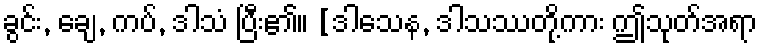
ခွင်း, ချေ, ကပ်, ဒါသံ ပြီး၏။ [ဒါသေန, ဒါသဿတို့ကား ဤသုတ်အရာ